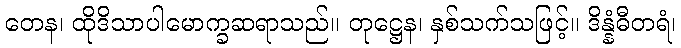
တေန၊ ထိုဒိသာပါမောက္ခဆရာသည်။ တုဋ္ဌေန၊ နှစ်သက်သဖြင့်။ ဒိန္နံဓီတရံ၊